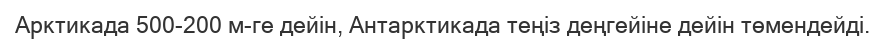
Арктикада 500-200 м-ге дейін, Антарктикада теңіз деңгейіне дейін төмендейді.